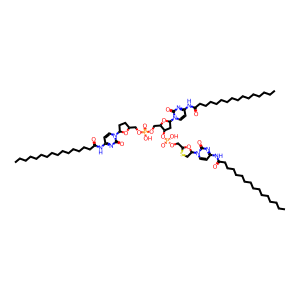
SMILES: CCCCCCCCCCCCCCCC(=O)Nc1ccn(C2CCC(COP(=O)(O)OCC3OC(n4ccc(NC(=O)CCCCCCCCCCCCCCC)nc4=O)CC3OP(=O)(O)OCC3OC(n4ccc(NC(=O)CCCCCCCCCCCCCCC)nc4=O)CS3)O2)c(=O)n1
Inhibits HIV replication: Yes